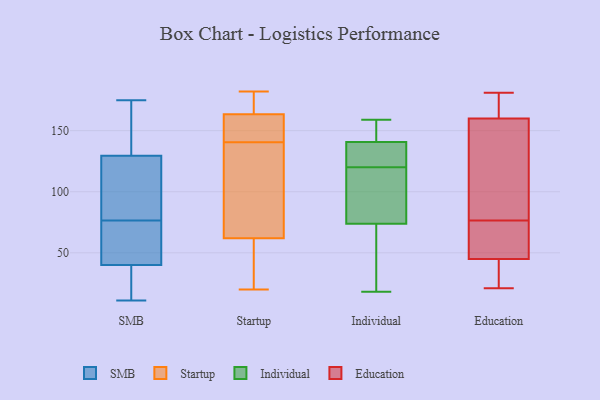
{"axis": {"x": "Conversion Rate (%)", "y": "Value"}, "legend": ["Education", "Individual", "SMB", "Startup"], "data": [{"x": "", "y": 53, "type": "SMB"}, {"x": "", "y": 42, "type": "SMB"}, {"x": "", "y": 84, "type": "SMB"}, {"x": "", "y": 103, "type": "SMB"}, {"x": "", "y": 128, "type": "SMB"}, {"x": "", "y": 14, "type": "SMB"}, {"x": "", "y": 175, "type": "SMB"}, {"x": "", "y": 112, "type": "SMB"}, {"x": "", "y": 38, "type": "SMB"}, {"x": "", "y": 145, "type": "SMB"}, {"x": "", "y": 22, "type": "SMB"}, {"x": "", "y": 148, "type": "SMB"}, {"x": "", "y": 131, "type": "SMB"}, {"x": "", "y": 51, "type": "SMB"}, {"x": "", "y": 69, "type": "SMB"}, {"x": "", "y": 11, "type": "SMB"}, {"x": "", "y": 182, "type": "Startup"}, {"x": "", "y": 180, "type": "Startup"}, {"x": "", "y": 27, "type": "Startup"}, {"x": "", "y": 167, "type": "Startup"}, {"x": "", "y": 160, "type": "Startup"}, {"x": "", "y": 136, "type": "Startup"}, {"x": "", "y": 36, "type": "Startup"}, {"x": "", "y": 20, "type": "Startup"}, {"x": "", "y": 156, "type": "Startup"}, {"x": "", "y": 145, "type": "Startup"}, {"x": "", "y": 88, "type": "Startup"}, {"x": "", "y": 107, "type": "Startup"}, {"x": "", "y": 59, "type": "Individual"}, {"x": "", "y": 158, "type": "Individual"}, {"x": "", "y": 159, "type": "Individual"}, {"x": "", "y": 91, "type": "Individual"}, {"x": "", "y": 49, "type": "Individual"}, {"x": "", "y": 120, "type": "Individual"}, {"x": "", "y": 108, "type": "Individual"}, {"x": "", "y": 129, "type": "Individual"}, {"x": "", "y": 143, "type": "Individual"}, {"x": "", "y": 68, "type": "Individual"}, {"x": "", "y": 18, "type": "Individual"}, {"x": "", "y": 147, "type": "Individual"}, {"x": "", "y": 93, "type": "Individual"}, {"x": "", "y": 134, "type": "Individual"}, {"x": "", "y": 124, "type": "Individual"}, {"x": "", "y": 96, "type": "Education"}, {"x": "", "y": 174, "type": "Education"}, {"x": "", "y": 27, "type": "Education"}, {"x": "", "y": 71, "type": "Education"}, {"x": "", "y": 23, "type": "Education"}, {"x": "", "y": 28, "type": "Education"}, {"x": "", "y": 167, "type": "Education"}, {"x": "", "y": 84, "type": "Education"}, {"x": "", "y": 66, "type": "Education"}, {"x": "", "y": 46, "type": "Education"}, {"x": "", "y": 160, "type": "Education"}, {"x": "", "y": 171, "type": "Education"}, {"x": "", "y": 82, "type": "Education"}, {"x": "", "y": 64, "type": "Education"}, {"x": "", "y": 21, "type": "Education"}, {"x": "", "y": 181, "type": "Education"}, {"x": "", "y": 45, "type": "Education"}, {"x": "", "y": 127, "type": "Education"}]}